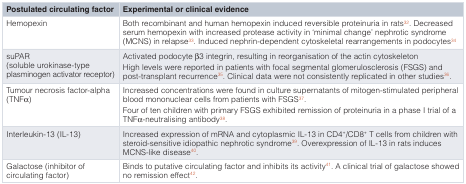
<table><thead><tr><td><b>Postulated circulating factor</b></td><td><b>Experimental or clinical evidence</b></td></tr></thead><tbody><tr><td>Hemopexin</td><td>Both recombinant and human hemopexin induced reversible proteinuria in rats<sup>32</sup>. Decreasedserum hemopexin with increased protease activity in ‘minimal change’ nephrotic syndrome(MCNS) in relapse<sup>33</sup>. Induced nephrin-dependent cytoskeletal rearrangements in podocytes<sup>34</sup></td></tr><tr><td>suPAR(soluble urokinase-typeplasminogen activator receptor)</td><td>Activated podocyte β3 integrin, resulting in reorganisation of the actin cytoskeletonHigh levels were reported in patients with focal segmental glomerulosclerosis (FSGS) andpost-transplant recurrence<sup>35</sup>. Clinical data were not consistently replicated in other studies<sup>36</sup>.</td></tr><tr><td>Tumour necrosis factor-alpha(TNFα)</td><td>Increased concentrations were found in culture supernatants of mitogen-stimulated peripheralblood mononuclear cells from patients with FSGS<sup>37</sup>.Four of ten children with primary FSGS exhibited remission of proteinuria in a phase I trial of aTNFα-neutralising antibody<sup>38</sup>.</td></tr><tr><td>Interleukin-13 (IL-13)</td><td>Increased expression of mRNA and cytoplasmic IL-13 in CD4<sup>+</sup>/CD8<sup>+</sup> T cells from childrenwith steroid-sensitive idiopathic nephrotic syndrome<sup>39</sup>. Overexpression of IL-13 in rats inducesMCNS-like disease<sup>40</sup>.</td></tr><tr><td>Galactose (inhibitor ofcirculating factor)</td><td>Binds to putative circulating factor and inhibits its activity<sup>41</sup>. A clinical trial of galactose showedno remission effect<sup>42</sup>.</td></tr></tbody></table>